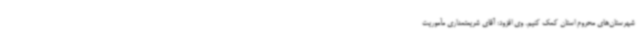
شهرستان‌های محروم استان کمک کنیم. وی افزود: آقای شریعتمداری مأموریت